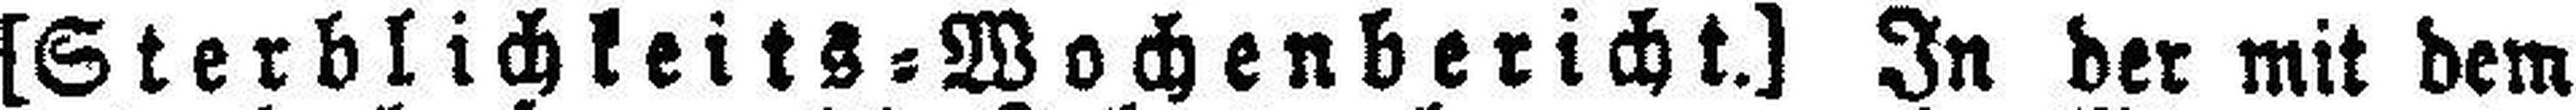
[Sterblichkeits=Wochenbericht.] In der mit dem